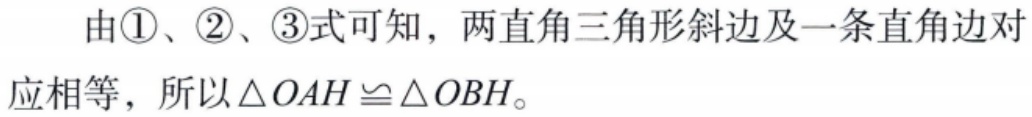
由\textcircled{1}、\textcircled{2}、\textcircled{3}式可知，两直角三角形斜边及一条直角边对应相等，所以$\triangle OAH\cong\triangle OBH$。